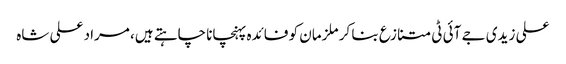
علی زیدی جے آئی ٹی متنازع بنا کر ملزمان کو فائدہ پہنچانا چاہتے ہیں، مراد علی شاہ